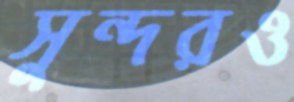
সুন্দরও